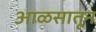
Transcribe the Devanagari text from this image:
आळसातून